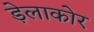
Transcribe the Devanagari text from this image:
ड़ेलाकोर